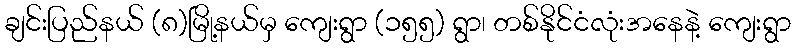
ချင်းပြည်နယ် (၈)မြို့နယ်မှ ကျေးရွာ (၁၅၅) ရွာ၊ တစ်နိုင်ငံလုံးအနေနဲ့ ကျေးရွာ